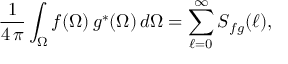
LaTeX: { \frac { 1 } { 4 \, \pi } } \int _ { \Omega } f ( \Omega ) \, g ^ { \ast } ( \Omega ) \, d \Omega = \sum _ { \ell = 0 } ^ { \infty } S _ { f g } ( \ell ) ,